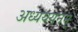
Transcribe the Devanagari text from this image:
अध्यययनम्